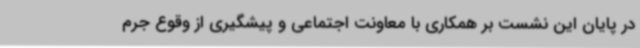
در پایان این نشست بر همکاری با معاونت اجتماعی و پیشگیری از وقوع جرم